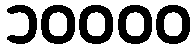
၁၀၀၀၀